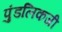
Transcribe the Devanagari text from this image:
पुंडलिकजी